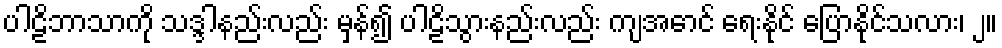
ပါဠိဘာသာကို သဒ္ဒါနည်းလည်း မှန်၍ ပါဠိသွားနည်းလည်း ကျအောင် ရေးနိုင် ပြောနိုင်သလား၊ ၂။